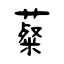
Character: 薒